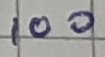
Text: 100